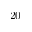
2 0